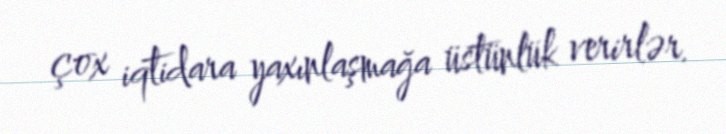
çox iqtidara yaxınlaşmağa üstünlük verirlər.